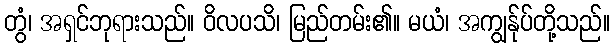
တွံ၊ အရှင်ဘုရားသည်။ ဝိလပသိ၊ မြည်တမ်း၏။ မယံ၊ အကျွန်ုပ်တို့သည်။